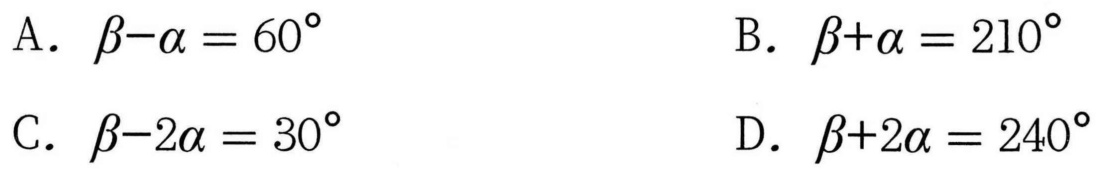
A. $\beta-\alpha = 60^{\circ}$
B. $\beta+\alpha = 210^{\circ}$
C. $\beta-2\alpha = 30^{\circ}$
D. $\beta+2\alpha = 240^{\circ}$